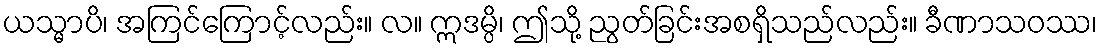
ယသ္မာပိ၊ အကြင်ကြောင့်လည်း။ လ။ ဣဒမ္ပိ၊ ဤသို့ ညွတ်ခြင်းအစရှိသည်လည်း။ ခီဏာသဝဿ၊